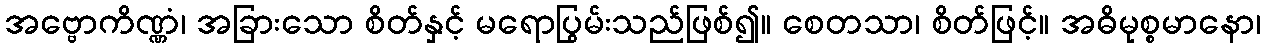
အဗ္ဗောကိဏ္ဏံ၊ အခြားသော စိတ်နှင့် မရောပြွမ်းသည်ဖြစ်၍။ စေတသာ၊ စိတ်ဖြင့်။ အဓိမုစ္စမာနော၊